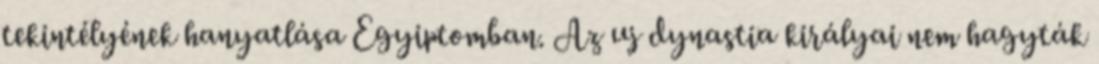
tekintélyének hanyatlása Egyiptomban. Az uj dynastia királyai nem hagyták